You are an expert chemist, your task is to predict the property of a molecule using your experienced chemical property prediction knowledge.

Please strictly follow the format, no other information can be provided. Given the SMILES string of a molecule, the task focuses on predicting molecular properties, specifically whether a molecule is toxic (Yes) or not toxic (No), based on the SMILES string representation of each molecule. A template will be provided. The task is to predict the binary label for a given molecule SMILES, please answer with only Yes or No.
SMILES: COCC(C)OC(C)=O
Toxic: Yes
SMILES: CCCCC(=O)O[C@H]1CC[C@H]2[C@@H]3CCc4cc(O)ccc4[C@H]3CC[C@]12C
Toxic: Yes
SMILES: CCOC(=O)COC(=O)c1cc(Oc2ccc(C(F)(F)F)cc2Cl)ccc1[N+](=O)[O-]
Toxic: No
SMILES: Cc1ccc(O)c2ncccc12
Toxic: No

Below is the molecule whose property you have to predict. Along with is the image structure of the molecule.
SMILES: Cc1cc(SCc2sc(-c3ccc(C(F)(F)F)c(F)c3)nc2C)ccc1OCC(=O)O
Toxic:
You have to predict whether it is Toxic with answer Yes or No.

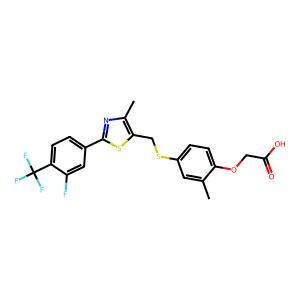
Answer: No